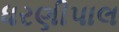
ધરણીપાલ